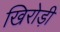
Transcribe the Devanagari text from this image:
खिरोड़ी